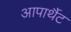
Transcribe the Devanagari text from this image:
आपार्थैट